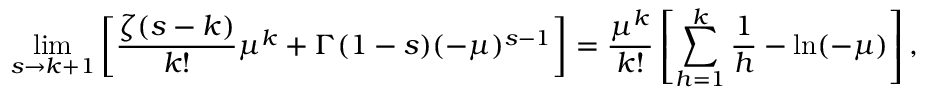
\operatorname* { l i m } _ { s \to k + 1 } \left[ { \frac { \zeta ( s - k ) } { k ! } } \mu ^ { k } + \Gamma ( 1 - s ) ( - \mu ) ^ { s - 1 } \right] = { \frac { \mu ^ { k } } { k ! } } \left[ \sum _ { h = 1 } ^ { k } { \frac { 1 } { h } } - \ln ( - \mu ) \right] ,